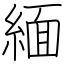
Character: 緬